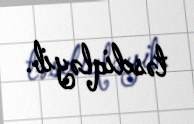
təsdiqləyib.